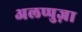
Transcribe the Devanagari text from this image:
अलप्पुज़ा